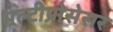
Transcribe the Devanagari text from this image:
मल्टीप्रोसेसर